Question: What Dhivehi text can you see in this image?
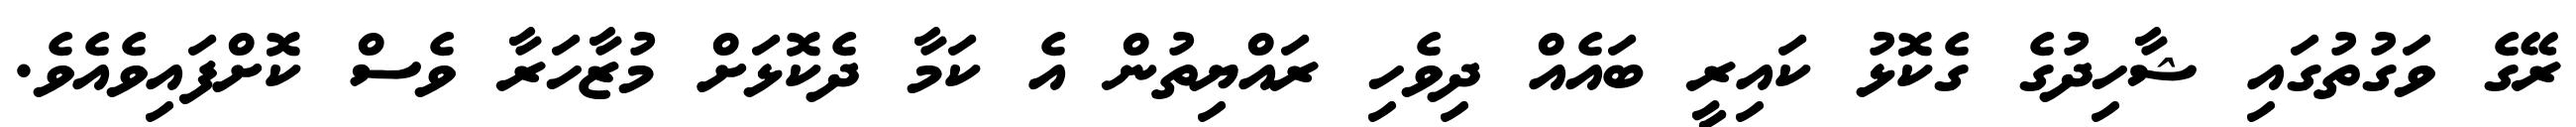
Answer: ރޭގެ ވަގުތުގައި ޝާހިދުގެ ގެކޮޅު ކައިރީ ބައެއް ދިވެހި ރައްޔިތުން އެ ކަމާ ދެކޮޅަށް މުޒާހަރާ ވެސް ކޮށްފައިވެއެވެ.